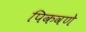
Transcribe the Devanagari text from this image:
पिकवणे